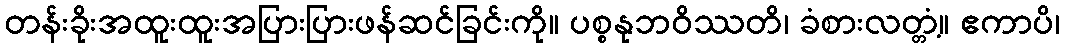
တန်းခိုးအထူးထူးအပြားပြားဖန်ဆင်ခြင်းကို။ ပစ္စနုဘဝိဿတိ၊ ခံစားလတ္တံ့။ ဧကာပိ၊